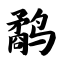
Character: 鹬